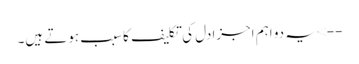
--> یہ دو اہم اجزادل کی تکلیف کاسبب ہوتے ہیں۔